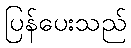
ပြန်ပေးသည်